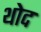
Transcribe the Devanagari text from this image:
थोद